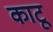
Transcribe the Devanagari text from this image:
काटू